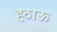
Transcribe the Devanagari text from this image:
ह्ठाऊ